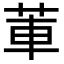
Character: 莗